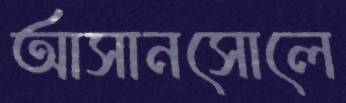
আসানসোলে